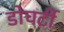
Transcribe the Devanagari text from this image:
डोघर्टी